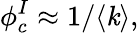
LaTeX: \phi_{c}^{I}\approx1/\langle\mathit{k}\rangle,